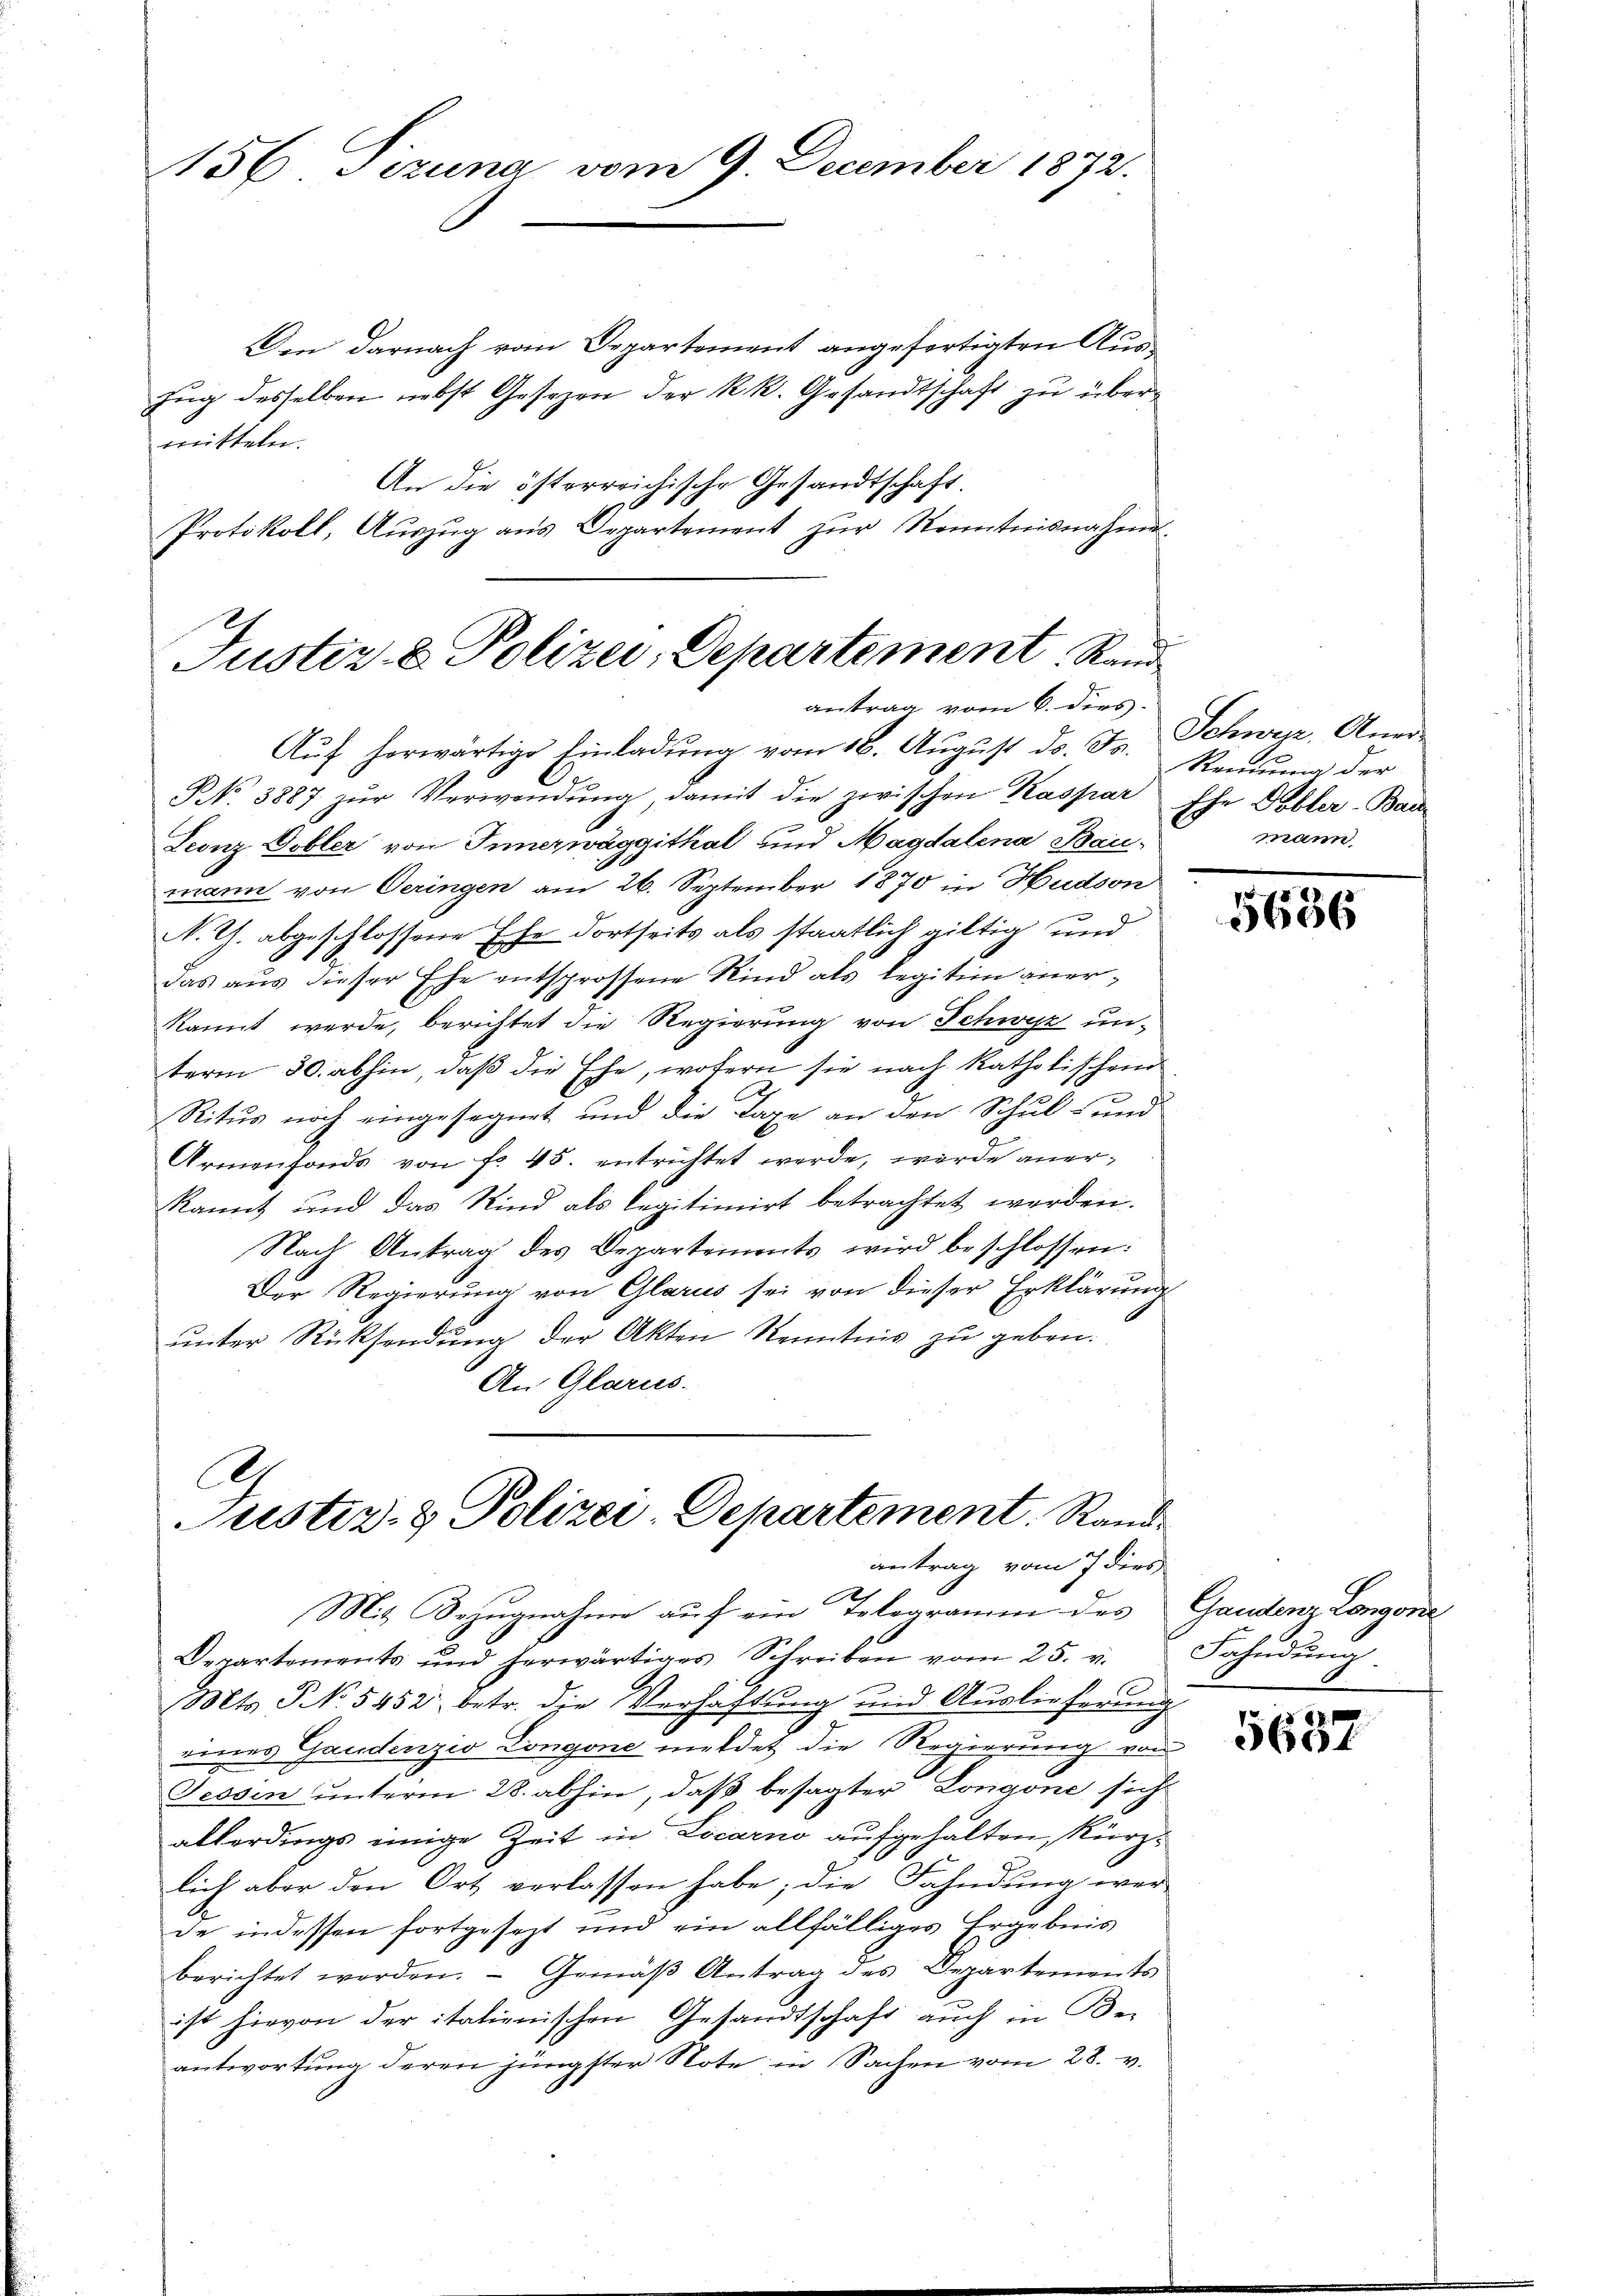
156 Tizuna vom 9. December 1872.

Den darnach vom Departement angefertigten Auszug desselben nebst Gesezen der k.k. Gesandtschaft zu übermitteln.
An die österreichische Gesandtschaft.
Protokoll, Auszug aus Departement zur Kenntnisnahme

.
Justiz- & Polizei, Departement. Stand
antrag vom 6. dies

Ce
ustiz- & Polizei-Departement. Randantrag vom 7 dies

Auf herwärtige Einladung vom 18. August ds. Fs. Rendung der
NNo. 3887 zur Verwendung damit die zwischen Kaspar
Leonz Dobler von Innerwäggithal und Magdalena Bau-
mann von Oeringen am 26. September 1870 in Hudson
N. Th. abgeschlossene Ehe dortseits als staatlich giltig und
das aus dieser Ehe entsprossene Kind als legitim anerkannt werde, berichtet die Regierung von Schwyz unterm 30. abhin, daß die Ehe, wofern sie nach katholischen
Ritus noch eingesegnet und die Taxe an den Schul- und
Armenfonds von fr. 45. entrichtet werde, werde anerkannt und das Kind als legitimirt betrachtet werden.
Nach Antrag des Departements wird beschlossen:
Der Regierung von Glarus sei von dieser Erklärung
ŭnter Rücksendung der Akten Kenntnis zu geben.
An Glarus.

Mit Bezugnahme auf ein Telegramm des Gandenz Longone
Departements und herwärtiges Schreiben vom 25. v. Fahndŭng
Mts. S No 5452 betr. die Verhaftung und Auslieferŭng
eines Gandenzio Longone meldet die Regierung von
Tessin unterm 28. abhin, daß besagter Longone sich
allerdings einige Zeit in Locarno aufgehalten, kürzlich aber den Ort verlassen habe; die Fahndung wer-
de indessen fortgesezt und ein allfälliges Ergebnis
berichtet werden. Gemäβ Antrag des Departements
ist hievon der itationischen Gesandtschaft auch in Be-
antwortung deren jüngster Note in Sachen vom 28. v.

Schweiz, Aner-
Ehr Gubler-Bau
mann

5686

5637